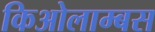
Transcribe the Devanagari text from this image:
किओलाम्बस